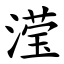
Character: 滢